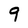
Character: 9